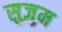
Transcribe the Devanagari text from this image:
सुज़ुम